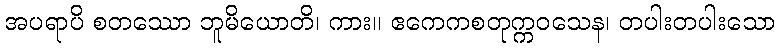
အပရာပိ စတဿော ဘူမိယောတိ၊ ကား။ ဧကေကစတုက္ကဝသေန၊ တပါးတပါးသော